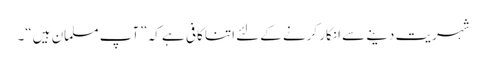
شہریت دینے سے انکار کرنے کےلئے اتنا کافی ہے کہ ”آپ مسلمان ہیں“۔